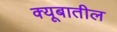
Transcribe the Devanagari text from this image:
क्यूबातील